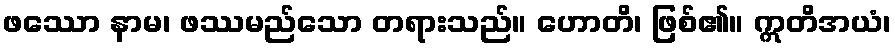
ဖဿော နာမ၊ ဖဿမည်သော တရားသည်။ ဟောတိ၊ ဖြစ်၏။ ဣတိအယံ၊